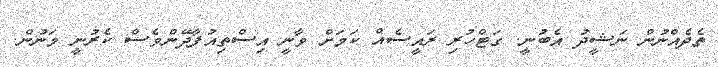
ތެދެއްނުން ނަޝީދު އެބުނީ. ގަޓްހުރި ރައީސެެއް ކަމަށް ވާނީ އިސްތިއުފާދޭންވެސް ކެރުނީ މަނުން.